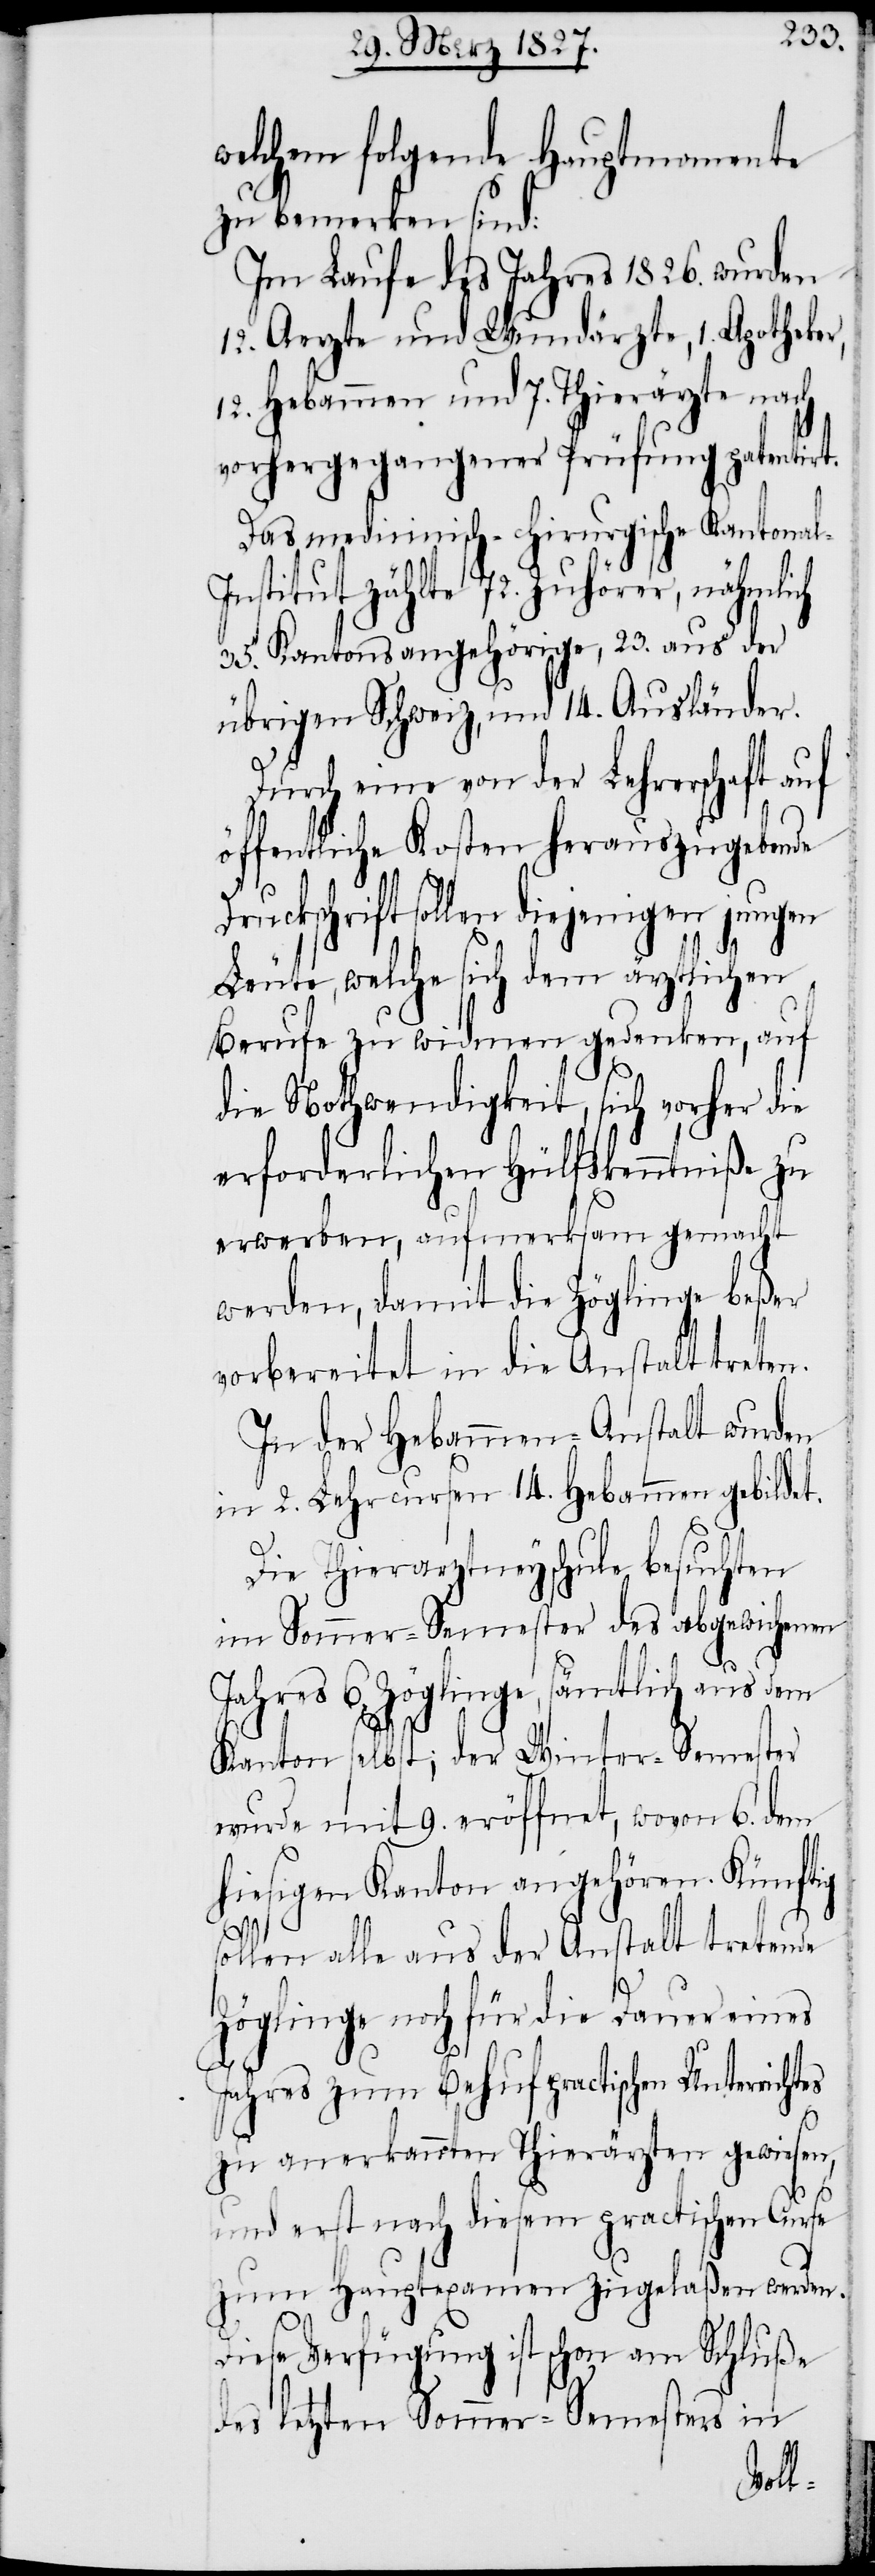
welchem folgende Hauptmomente
zu bemerken sind:
Im Laufe des Jahres 1826. wurden
12. Aerzte und Wundärzte, 1. Apotheker,
12. Hebammen und 7. Thierärzte nach
vorhergegangener Prüfung patentirt.
Das medicinisch-chirurgische Kantona¬
nstitut zählte 72. Zuhörer, nähmlich
35. Kantonsangehörige, 23. aus der
übrigen Schweiz, und 14. Ausländer.
Durch eine von der Lehrerschaft
öffentliche Kosten herauszugebende
Druckschrift sollen diejenigen jungen
Leute, welche sich dem ärztlichen
Berufe zu widmen gedenken, auf
die Nothwendigkeit, sich vorher die
erforderlichen Hülfskenntniße zu
erwerben, aufmerksam gemacht
werden, damit die Zöglinge beßer
vorbereitet in die Anstalt treten.
In der Hebammen-Anstalt wurden
in 2. Lehrcursen 14. Hebammen gebildet.
Die Thierarztneyschule besuchten
im Sommer-Semester des abgewichenen
Jahres 6. Zöglinge, sämtlich aus dem
Kanton selbst; der Winter-Semester
wurde mit 9. eröffnet, wovon 6. dem
hiesigen Kanton angehören. Künftig
sollen alle aus der Anstalt tretende
Zöglinge noch für die Dauer eines
Jahres zum Behuf practischen Unterricht¬
es
zu anerkannten Thierärzten gewiesen,
und erst nach diesem practischen Curse
zum Hauptexamen zugelaßen werden.
Diese Verfügung ist schon am Schluße
des letzten Sommer-Semesters in
l-I¬